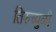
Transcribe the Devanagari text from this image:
तिरुच्युळी